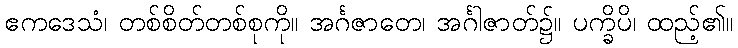
ဧကဒေသံ၊ တစ်စိတ်တစ်စုကို။ အင်္ဂဇာတေ၊ အင်္ဂါဇာတ်၌။ ပက္ခိပိ၊ ထည့်၏။